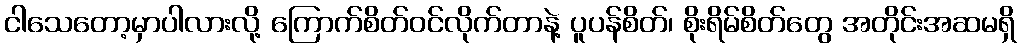
ငါသေတော့မှာပါလားလို့ ကြောက်စိတ်ဝင်လိုက်တာနဲ့ ပူပန်စိတ်၊ စိုးရိမ်စိတ်တွေ အတိုင်းအဆမရှိ